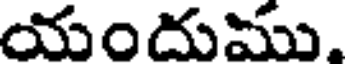
యందుము.